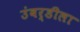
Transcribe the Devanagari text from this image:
उंबर्डीला